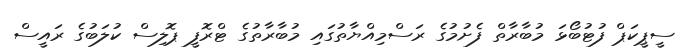
ސީޕީކަޕް ފުޓުބޯޅަ މުބާރާތް ފެށުމުގެ ރަސްމިއްޔާތުގައި މުބާރާތުގެ ޓްރޮފީ ޕޮލިސް ކުލަބުގެ ރައީސް